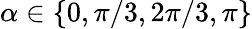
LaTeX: \alpha\in\{ 0,\pi/3,2\pi/3,\pi\}